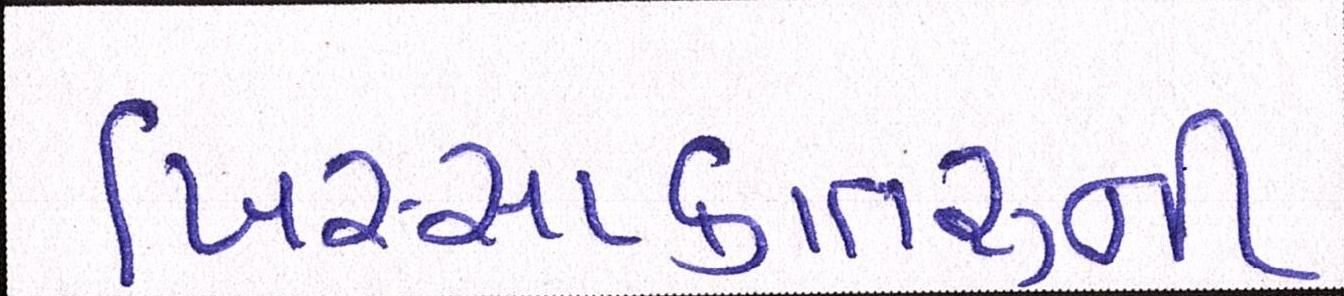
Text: ખિસ્સાકાતરુની